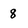
Character: 8